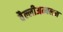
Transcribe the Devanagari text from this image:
वैल्लीअम्बलम